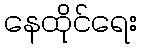
နေထိုင်ရေး